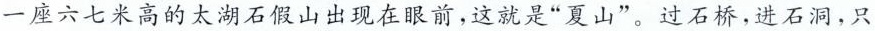
一座六七米高的太湖石假山出现在眼前，这就是”夏山”。过石桥，进石洞，只